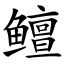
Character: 鳣